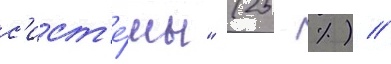
с'ист'е́мы" (25 %) //